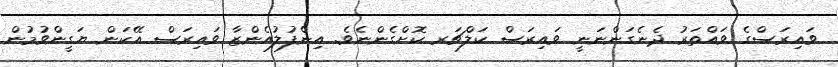
ވައިރަސްގެ ވައްތަރު ދެނެގަންނަނީ ވައިރަސް ކަލްޗަރ ކޮށްގެންނެވެ. އިންފުލުއެންޒާ ވައިރަސް އޭކަން ޔަގީންވުމުން